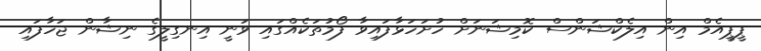
ޕީޕީއެމް އިން އިލެކްޝަންސް ކޮމިޝަނަށް ހުށަހަޅާފައިވާ ފޯމުތަކެއްގައި ވަނީ އިނގިލީގެ ނިޝާން ޖަހާފައި